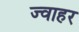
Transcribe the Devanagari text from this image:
ज्वाहर